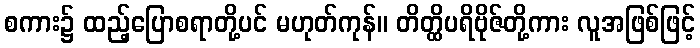
စကား၌ ထည့်ပြောစရာတို့ပင် မဟုတ်ကုန်။ တိတ္ထိပရိဗိုဇ်တို့ကား လူအဖြစ်ဖြင့်